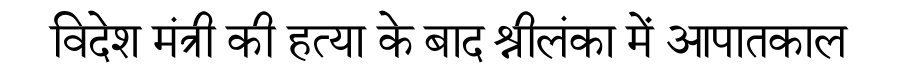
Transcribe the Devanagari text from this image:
विदेश मंत्री की हत्या के बाद श्रीलंका में आपातकाल